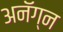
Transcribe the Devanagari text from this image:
अनॅग्न